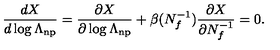
\frac { d X } { d \log \Lambda _ { \mathrm { n p } } } = \frac { \partial X } { \partial \log \Lambda _ { \mathrm { n p } } } + \beta ( N _ { f } ^ { - 1 } ) \frac { \partial X } { \partial N _ { f } ^ { - 1 } } = 0 .